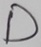
Text: D